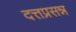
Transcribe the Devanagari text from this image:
दत्तप्रसन्न